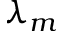
\lambda _ { m }